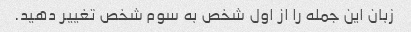
زبان این جمله را از اول شخص به سوم شخص تغییر دهید.